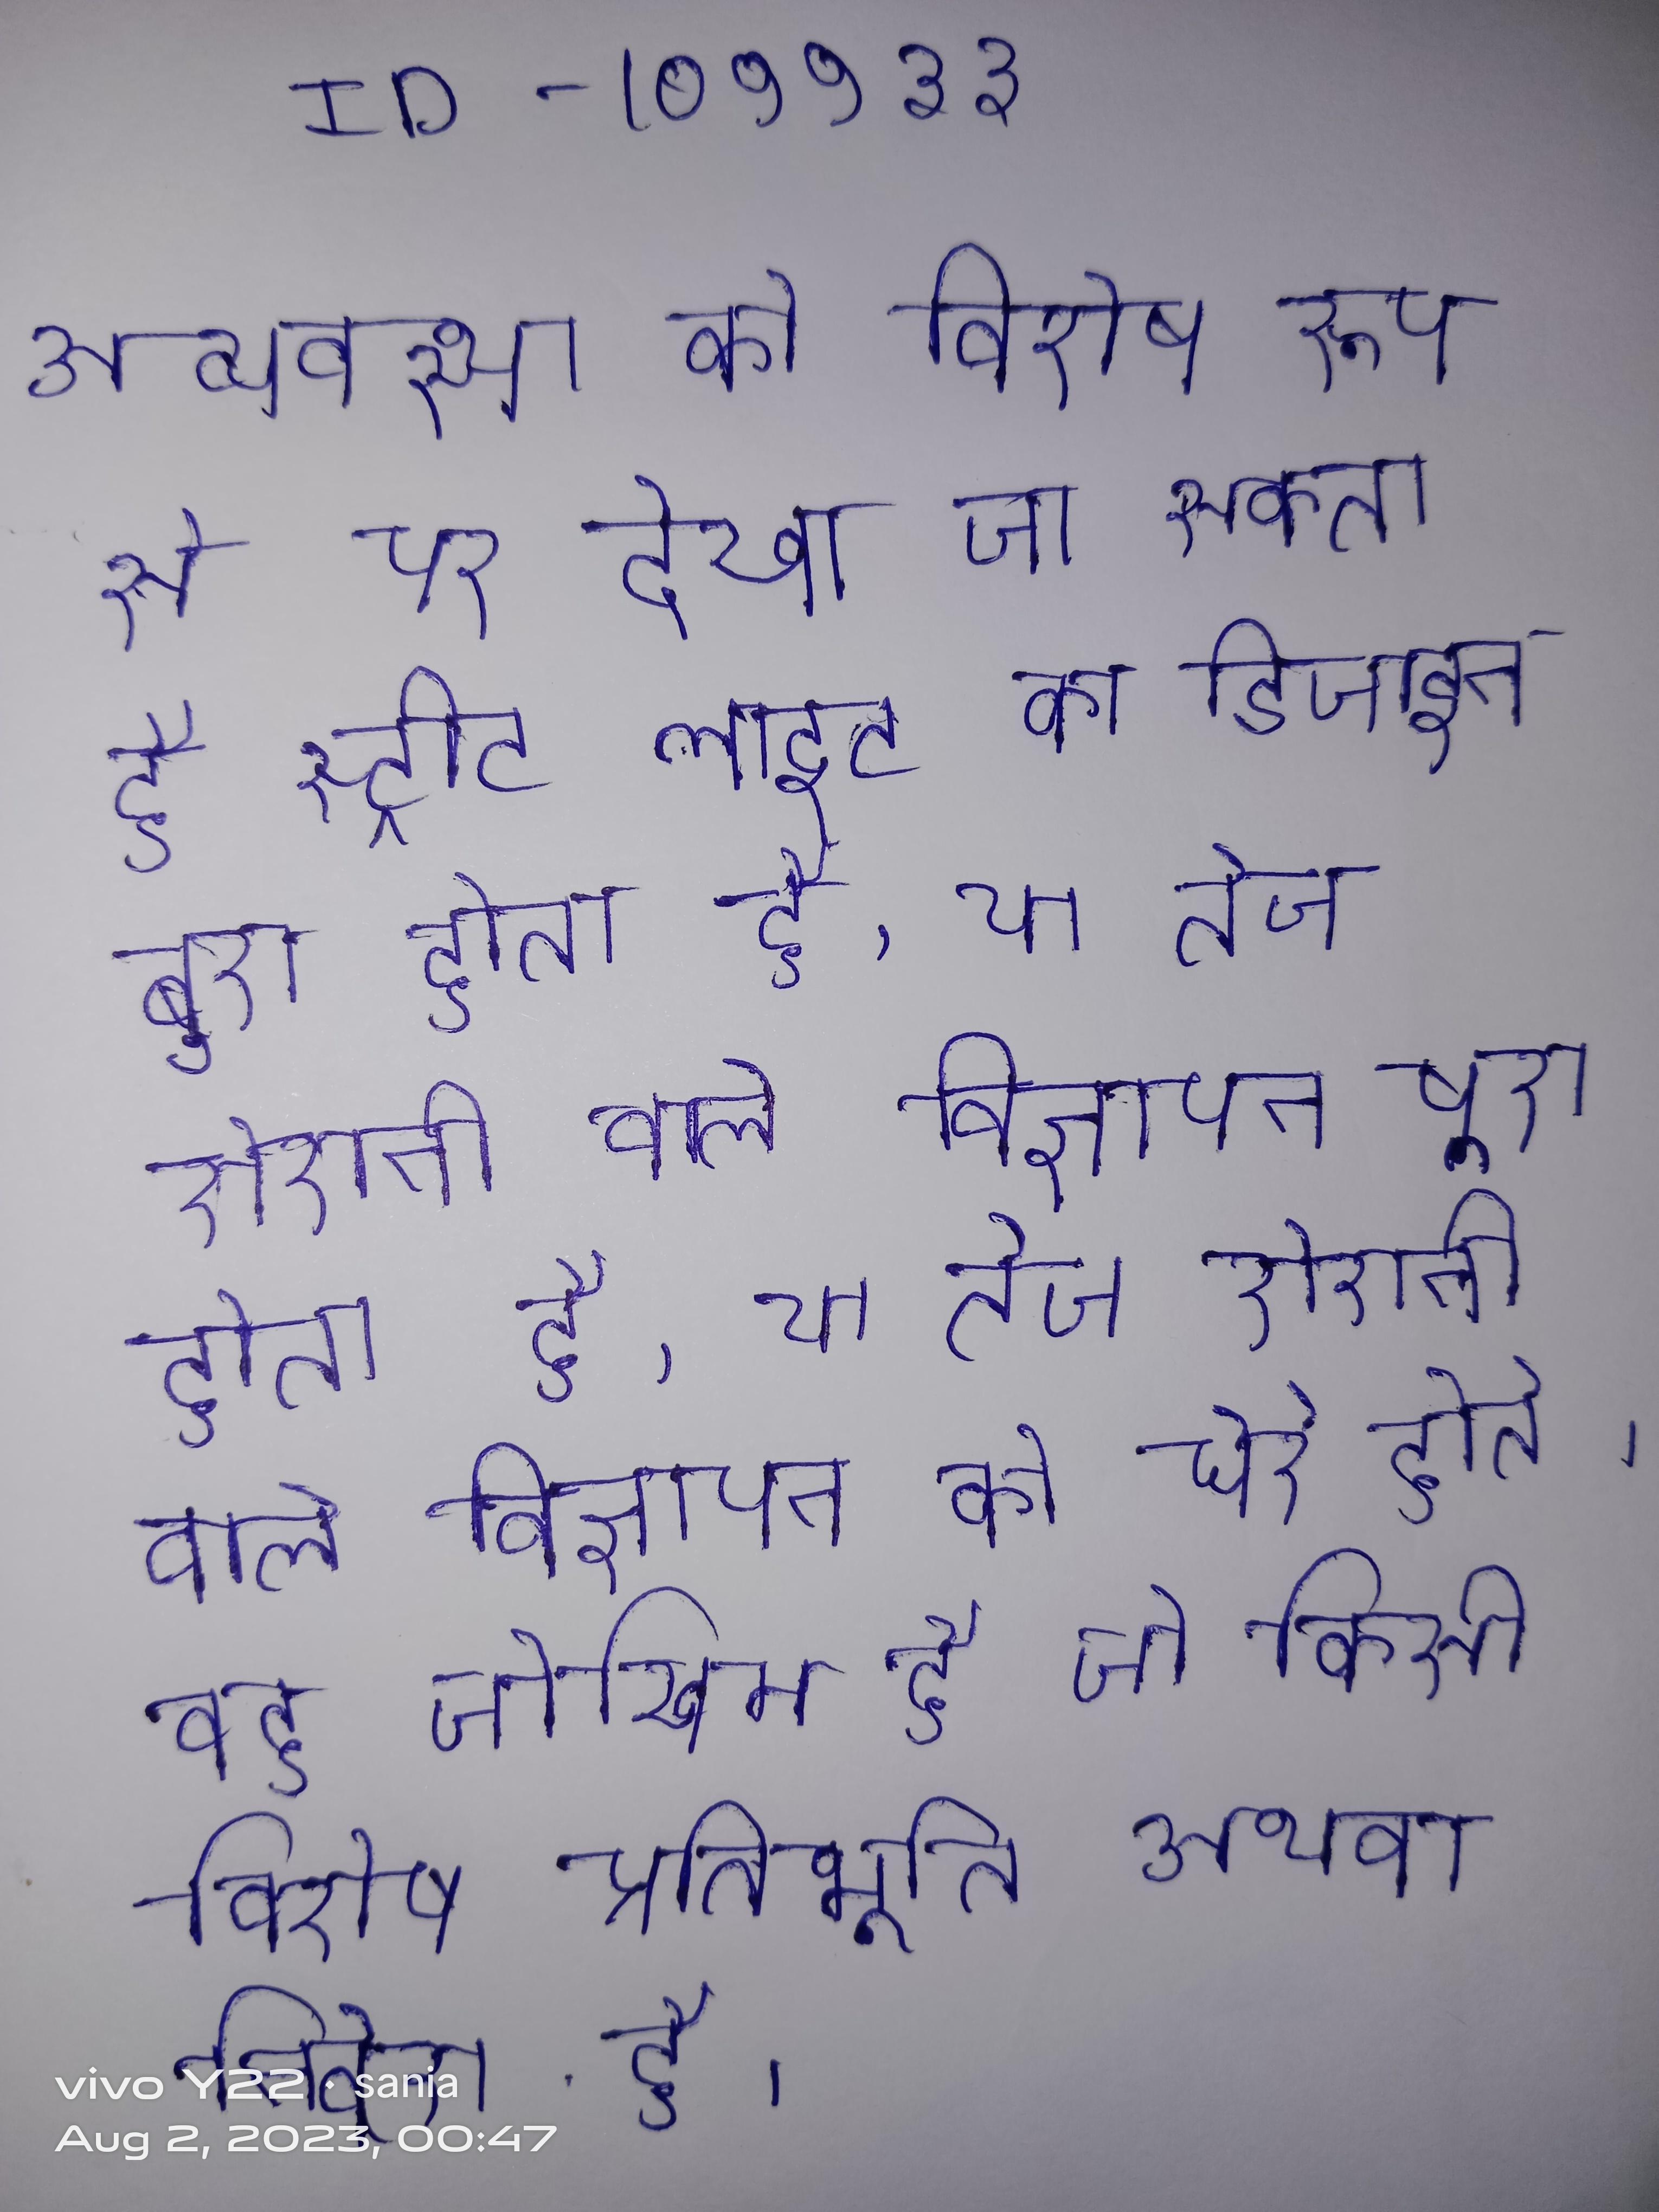
अव्यवस्था को विशेष रूप से पर देखा जा सकता है स्ट्रीट लाइट का डिजाइन बुरा होता है, या तेज रोशनी वाले विज्ञापन को घेरे होते । अव्यवस्थात्मक जोखिम वह जोखिम है जो किसी विशेष प्रतिभूति अथवा निवेश विकल्प को प्रभावित करता है ।